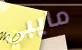
مايبي